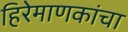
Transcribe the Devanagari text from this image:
हिरेमाणकांचा